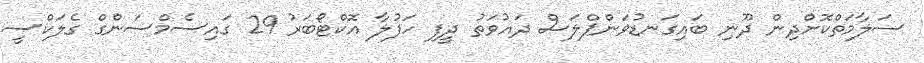
ސަލާމަތްކޮށްދިން ދޫނި ބައިގަނޑުވަންޕްލަސް ދައުވަތު ދީފި ހަފުލާ އޮކްޓޯބަރު 29 ގައިސެމްސަންގް ގެލަކްސީ